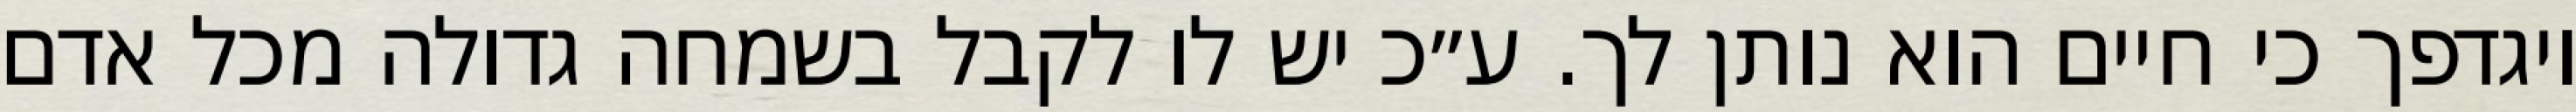
ויגדפך כי חיים הוא נותן לך. ע״כ יש לו לקבל בשמחה גדולה מכל אדם